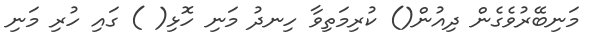
މަނިބޭރުވެގެން ދިއުން() ކުރިމަތިވާ ހިނދު މަނި ހޮޅި( ) ގައި ހުރި މަނި